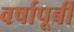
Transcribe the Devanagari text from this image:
वर्षापूर्बी